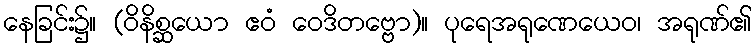
နေခြင်း၌။ (ဝိနိစ္ဆယော ဧဝံ ဝေဒိတဗ္ဗော)။ ပုရေအရုဏေယေဝ၊ အရုဏ်၏